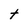
Character: T